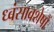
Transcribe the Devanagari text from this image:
ध्‍वंसावशेषों